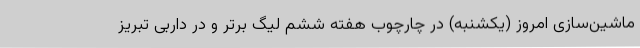
ماشین‌سازی امروز (یکشنبه) در چارچوب هفته ششم لیگ برتر و در داربی تبریز